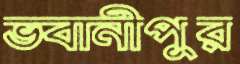
ভবানীপুর